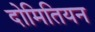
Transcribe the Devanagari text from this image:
दोमितियन